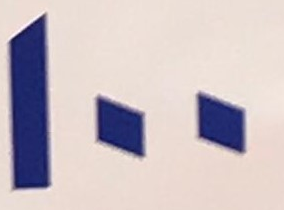
100